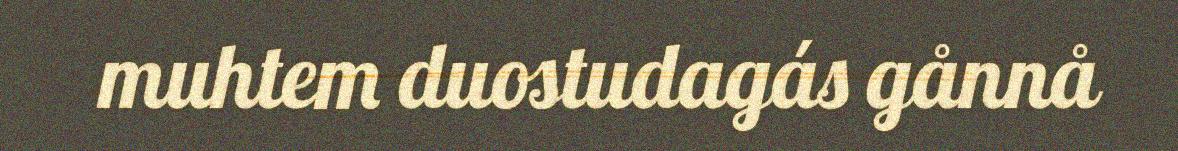
muhtem duostudagás gånnå